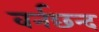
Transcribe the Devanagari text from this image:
वर्नछन्द